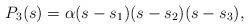
LaTeX: \begin{align*}P_3(s)=\alpha(s - s_1)(s - s_2)(s - s_3), \end{align*}